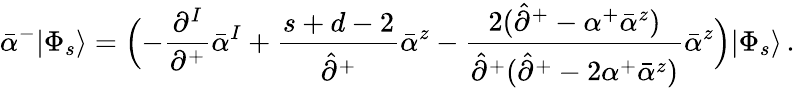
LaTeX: \bar{\alpha}^{-}|\Phi_{s}\rangle=\Bigl(-\frac{\partial^{I}}{\partial^{+}}\bar{\alpha}^{I}+\frac{s+d-2}{\hat{\partial}^{+}}\bar{\alpha}^{z}-\frac{2(\hat{\partial}^{+}-\alpha^{+}\bar{\alpha}^{z})}{\hat{\partial}^{+}(\hat{\partial}^{+}-2\alpha^{+}\bar{\alpha}^{z})}\bar{\alpha}^{z}\Bigr)|\Phi_{s}\rangle\, .